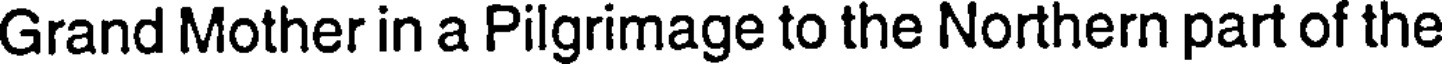
Grand Mother in a Pilgrimage to the Northern part of the